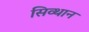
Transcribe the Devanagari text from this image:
सिव्थान